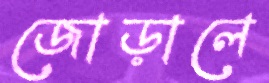
জোড়ালে